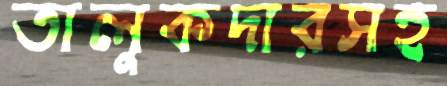
তালুকদারসহ